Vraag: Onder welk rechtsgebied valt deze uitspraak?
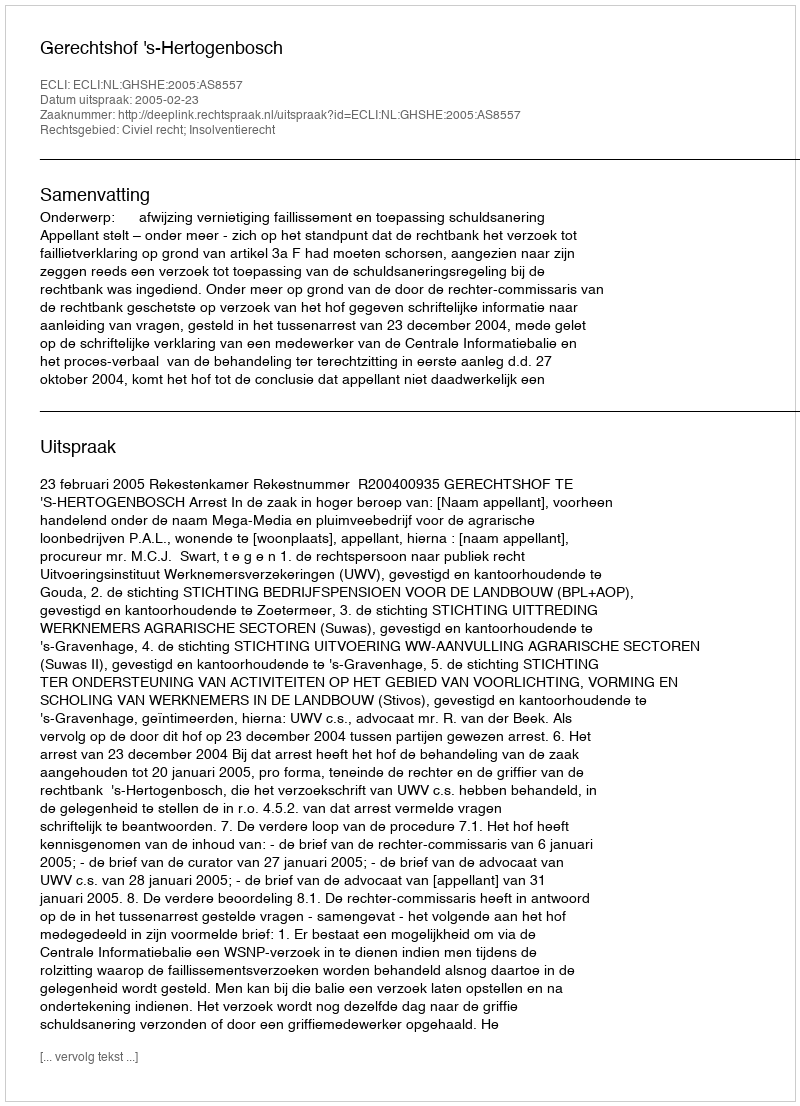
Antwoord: Civiel recht; Insolventierecht